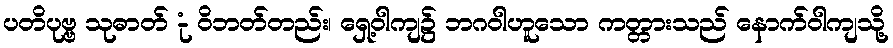
ပတိပုဗ္ဗ သုဓာတ် -ုံ ဝိဘတ်တည်း၊ ရှေ့ဝါကျ၌ ဘဂဝါဟူသော ကတ္တားသည် နောက်ဝါကျသို့